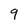
Character: 9